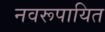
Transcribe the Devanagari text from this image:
नवरूपायित